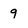
Character: 9